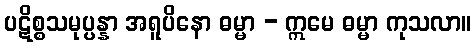
ပဋိစ္စသမုပ္ပန္နာ အရူပိနော ဓမ္မာ - ဣမေ ဓမ္မာ ကုသလာ။